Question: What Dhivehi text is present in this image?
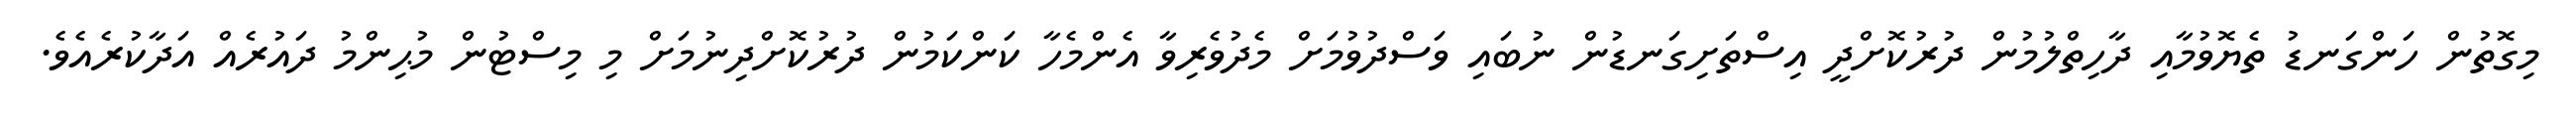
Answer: މިގޮތުން ހަންގަނޑު ތެޔޮވުމާއި ދާހިތްލުމުން ދުރުކޮށްދީ އިސްތަށިގަނޑުން ނުބައި ވަސްދުވުމަށް މެދުވެރިވާ އެންމެހާ ކަންކަމުން ދުރުކޮށްދިނުމަށް މި މިސްޓުން މުޙިންމު ދައުރެއް އަދާކުރެއެވެ.